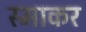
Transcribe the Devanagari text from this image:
स्‍माकर